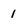
Character: 1